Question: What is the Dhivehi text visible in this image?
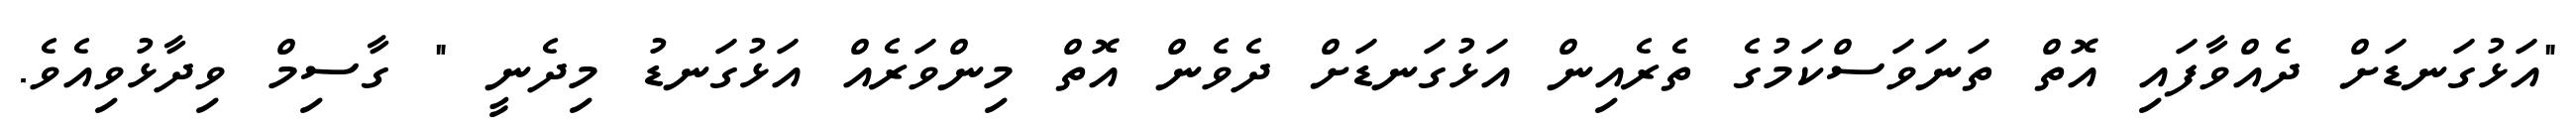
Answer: "އަޅުގަނޑަށް ދެއްވާފައި އޮތް ތަނަވަސްކަމުގެ ތެރެއިން އަޅުގަނޑަށް ދެވެން އޮތް މިންވަރެއް އަޅުގަނޑު މިދެނީ " ގާސިމް ވިދާޅުވިއެވެ.